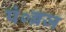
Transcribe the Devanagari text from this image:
पं०ब्रज